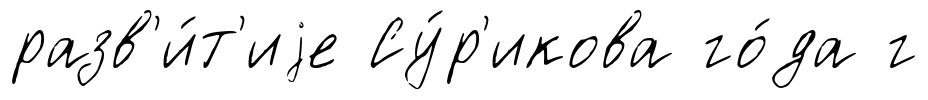
разв'и́т'иjе Су́р'икова го́да г